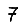
Digit: 7